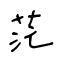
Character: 茫